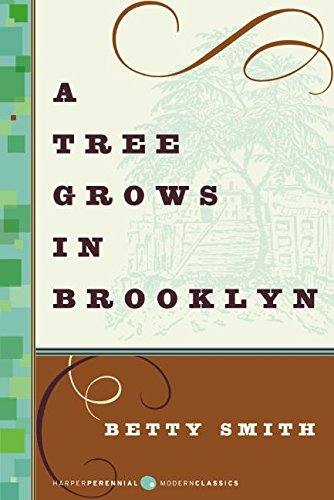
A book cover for A Tree Grows in Brooklyn (Modern Classics); Betty Smith; Literature & Fiction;